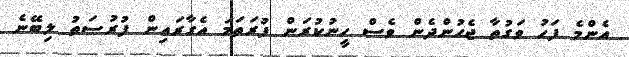
އެންމެ ފަހު ވަގުތާ ޖެހުންދެން ވެސް ހީނުކުރަން ފުރަތަމަ އެގާރައިން ފުރުސަތު ލިބޭނެ